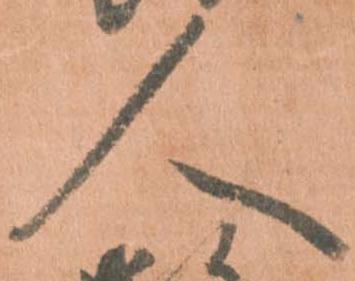
人